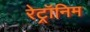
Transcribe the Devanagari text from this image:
रेट्रॉनिम